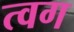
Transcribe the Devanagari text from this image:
त्वग